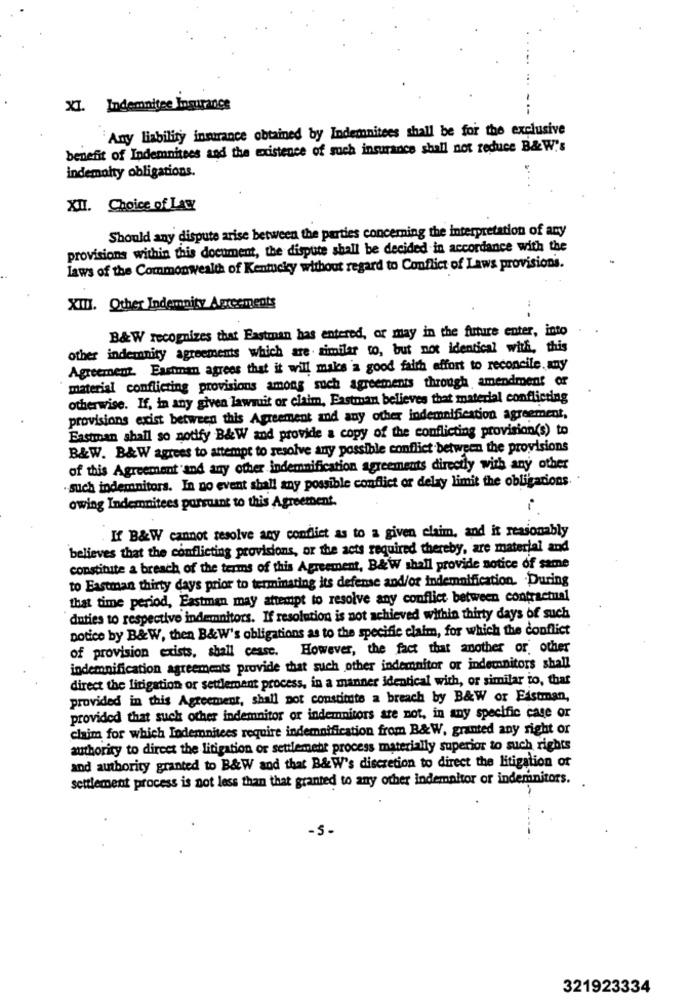
XI. Indemnitee Insurance
Any liability inmirance obtained by Indemnitees shall be for the exclusive
benefit of Indemnitees and the existence of such insurance shall not reduce B& W's
indemnity obligations.
XII. Choice of Law
Should any dispute arise between the parties concerning the interpretation of any
provisions within this document, the dispute shall be decided in accordance with the
laws of the Commonwealth of Kentucky without regard to Conflict of Laws provisions.
XIII. Other Indemnity Agreements
B&W recognizes that Eastman has entered, or may in the future enter, into
other indemnity agreements which are similar to, but not identical with, this
Agreement. Eastman agrees that it will make a good faith effort to reconcile. any
material conflicting provisions among such agreements through amendment or
otherwise. If, in any given lawsuit or claim, Eastman believes that material conflicting
provisions exist between this Agreement and any other indemnifiestion agreement,
Eastman shall so notify B&W and provide a copy of the conflicting provision(s) to
B&W. B&W agrees to attempt to resolve any possible conflict between the provisions
of this Agreement and any other indemnification agreements directly with any other
such indemnitors. In no event shall any possible conflict or delay limit the obligations.
owing Indemnitees porsuant to this Agreement.
i
If B&W cannot resolve any conflict as to a given claim, and it reasonably
believes that the conflicting provisions, or the acts required thereby, are material and
constitute a breach of the terms of this Agreement, B&W shall provide notice of same
to Eastman thirty days prior to terminating its defense and/or indemnification. . During
that time period, Eastman may attempt to resolve any conflict between contractual
duties to respective indenitors. If resolution is not achieved within thirty days of such
potice by B&W, then B&W's obligations as to the specific claim, for which the conflict
However, the fact that another or other
of provision exists, shall cease.
indemnification agreements provide that such other indemnitor or indemnitors shall
direct the litigation or settlement process, in a manner identical with, or similar to, that
provided in this Agreement, shall not constitute a breach by B&W or Fistman,
provided that suck other indemnitor or indemnitors are not, in any specific case or
claim for which Indemnitees require indemnification from B&W, granted any right or
authority to direct the litigation or settlement process materially superior to such rights
and authority granted to B&W and that B&W's discretion to direct the litigation of
settlement process is not less than that granted to any other indemaltor or indemnitors.
-5-
321923334